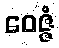
ဝေဇ္ဇံ